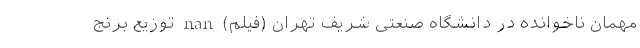
مهمان ناخوانده در دانشگاه صنعتی شریف تهران (فیلم) nan توزیع برنج